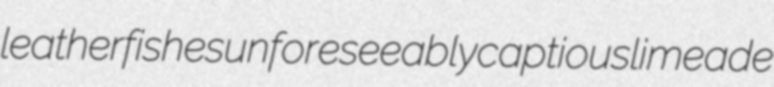
leatherfishes unforeseeably captious limeade